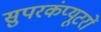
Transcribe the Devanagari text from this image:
सुपरकंप्यूटरों